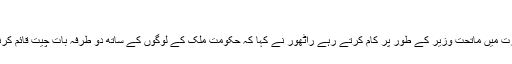
‘
پچھلے چار سالوں تک وزارت میں ماتحت وزیر کے طور پر کام کرتے رہے راٹھور نے کہا کہ حکومت ملک کے لوگوں کے ساتھ دو طرفہ بات چیت قائم کرنے کی کوشش کر رہی ہے۔